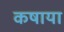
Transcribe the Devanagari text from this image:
कषाया